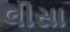
લીસા